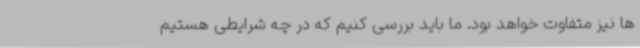
ها نیز متفاوت خواهد بود. ما باید بررسی کنیم که در چه شرایطی هستیم